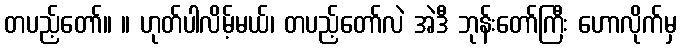
တပည့်တော်။ ။ ဟုတ်ပါလိမ့်မယ်၊ တပည့်တော်လဲ အဲဒီ ဘုန်းတော်ကြီး ဟောလိုက်မှ